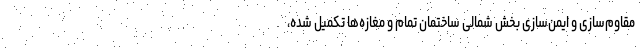
مقاوم‌سازی و ایمن‌سازی بخش شمالی ساختمان تمام و مغازه‌ها تکمیل شده،